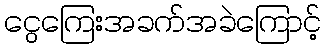
ငွေကြေးအခက်အခဲကြောင့်